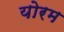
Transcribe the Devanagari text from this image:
योरम